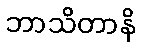
ဘာသိတာနိ